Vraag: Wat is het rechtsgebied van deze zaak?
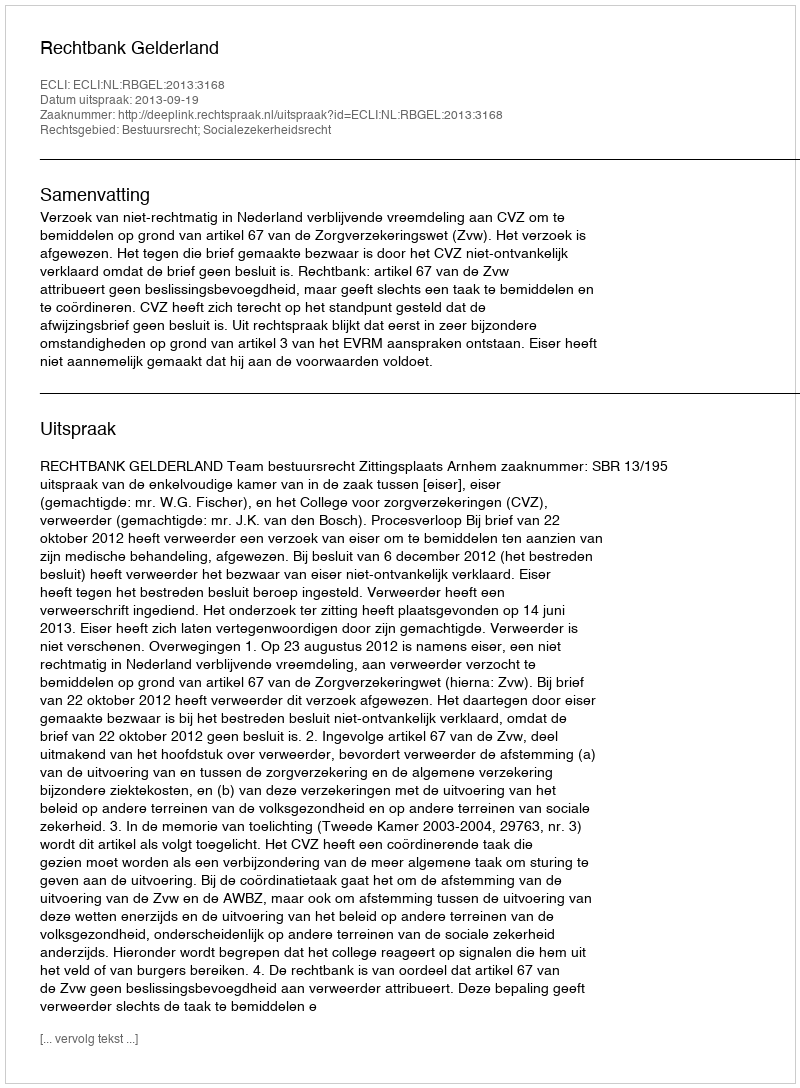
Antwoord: Bestuursrecht; Socialezekerheidsrecht